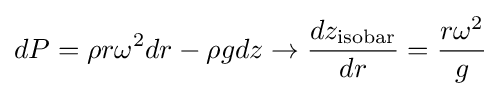
dP=\rho r\omega ^{2}dr-\rho gdz\to {\frac {dz_{\text{isobar}}}{dr}}={\frac {r\omega ^{2}}{g}}